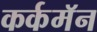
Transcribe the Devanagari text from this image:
कर्कमॅन